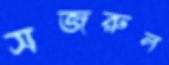
সজরুল